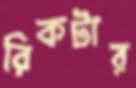
রিকটার